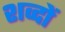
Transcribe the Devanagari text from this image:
शव्‍दों